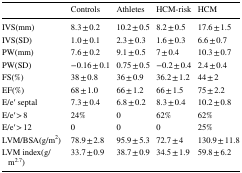
|  | Controls | Athletes | HCM-risk | HCM |
 | --- | --- | --- | --- | --- |
 | IVS(mm) | 8.3 ± 0.2 | 10.2 ± 0.5 | 8.2 ± 0.5 | 17.6 ± 1.5 |
 | IVS(SD) | 1.0 ± 0.1 | 2.3 ± 0.3 | 1.6 ± 0.3 | 6.6 ± 0.7 |
 | PW(mm) | 7.6 ± 0.2 | 9.1 ± 0.5 | 7 ± 0.4 | 10.3 ± 0.7 |
 | PW(SD) | −0.16 ± 0.1 | 0.75 ± 0.5 | −0.2 ± 0.4 | 2.4 ± 0.4 |
 | FS(%) | 38 ± 0.8 | 36 ± 0.9 | 36.2 ± 1.2 | 44 ± 2 |
 | EF(%) | 68 ± 1.0 | 66 ± 1.2 | 66 ± 1.5 | 75 ± 2.2 |
 | E/e′ septal | 7.3 ± 0.4 | 6.8 ± 0.2 | 8.3 ± 0.4 | 10.2 ± 0.8 |
 | E/e′ > 8 | 24% | 0 | 62% | 62% |
 | E/e′ > 12 | 0 | 0 | 0 | 25% |
 | LVM/BSA(g/m2) | 78.9 ± 2.8 | 95.9 ± 5.3 | 72.7 ± 4 | 130.9 ± 11.8 |
 | LVM index(g/m2.7) | 33.7 ± 0.9 | 38.7 ± 0.9 | 34.5 ± 1.9 | 59.8 ± 6.2 |